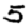
Digit: 5